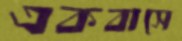
একবাসে